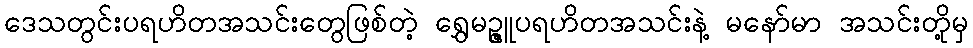
ဒေသတွင်းပရဟိတအသင်းတွေဖြစ်တဲ့ ရွှေမဥ္ဇူပရဟိတအသင်းနဲ့ မနော်မာ အသင်းတို့မှ